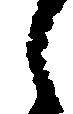
し